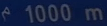
1000 m